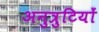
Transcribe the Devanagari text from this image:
अनुत्रुटियों